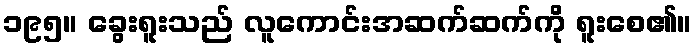
၁၉၅။ ခွေးရူးသည် လူကောင်းအဆက်ဆက်ကို ရူးစေ၏။